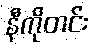
နီကိုတင်း